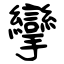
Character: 攣